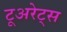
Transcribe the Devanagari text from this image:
टूअरेट्स